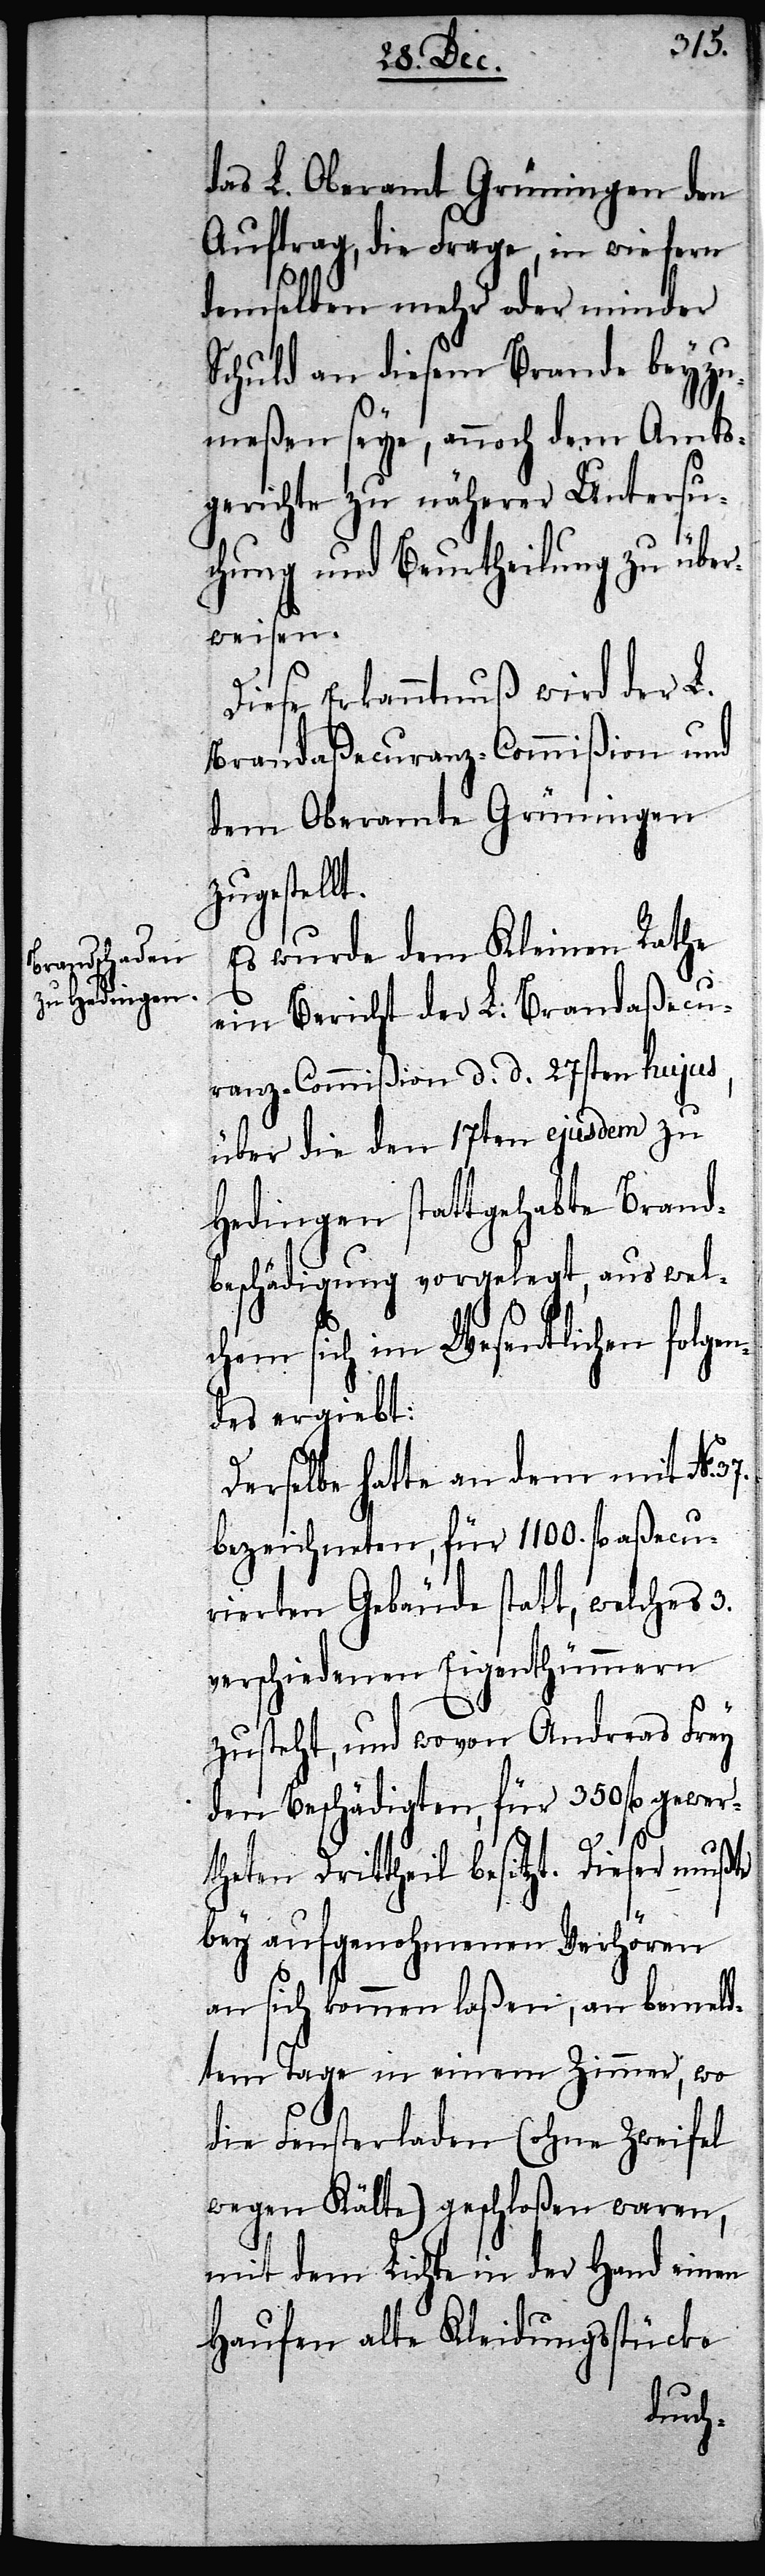
das L. Oberamt Grüningen den
Auftrag, die Frage, in wie fern
demselben mehr oder minder
Schuld an diesem Brande beyzu¬
meßen seye, annoch dem Amts¬
gerichte zu näherer Untersu¬
chung und Beurtheilung zu über¬
weisen.
Diese Erkanntnuß wird der L.
Brandaßecuranz-Commißion und
dem Oberamte Grüningen
ellt.
Es wurde dem Kleinen Rathe
ein Bericht der L. Brandaßecu¬
ranz-Commißion d. d. 27sten hujus,
über die den 17ten ejusdem zu
Hedingen stattgehabte Bra¬
ndbeschädigung vorgelegt, aus wel¬
chem sich im Wesentlichen folgen¬
des ergiebt:
Derselbe hatte an dem mit No.
bezeichneten, für 1100. fl. aßecu¬
rierten Gebäude statt, welches 3.
verschiedenen Eigenthümmern
zusteht, und wovon Andreas Frey
den beschädigten, für 350 fl. gewer¬
theten Drittheil besitzt. Dieser mußte
bey aufgenohmenen Verhören
an sich kommen laßen, an bemeld¬
tem Tage in einem Zimmer, wo
die Fensterladen (ohne Zweifel
wegen Kälte) geschloßen waren,
mit dem Lichte in der Hand einen
Haufen alte Kleidungsstücke